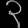
Digit: ၃